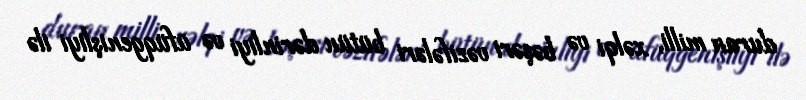
duran milli, xəlqi və bəşəri vəzifələri bütün dərinliyi və üfüqgenişliyi ilə